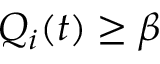
Q _ { i } ( t ) \geq \beta